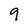
Character: 9